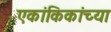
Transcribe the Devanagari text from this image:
एकांकिकांच्या